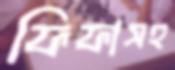
ফিফাসহ